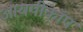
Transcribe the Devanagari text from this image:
आयपीकॉप